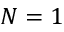
N = 1